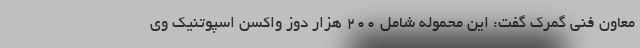
معاون فنی گمرک گفت: این محموله شامل ۲۰۰ هزار دوز واکسن اسپوتنیک وی